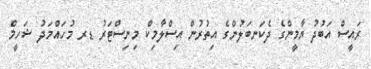
ރައީސް އަބުދު ޔާމީންގެ ދެކަނބަލުންގެ އިތުރުން އިސްލާމިކް މިނިސްޓަރު ޑރ މުހައްމަދު ޝަހީމް